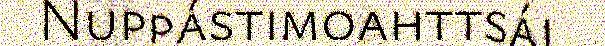
Nuppástimoahttsáj